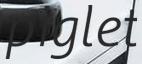
piglet